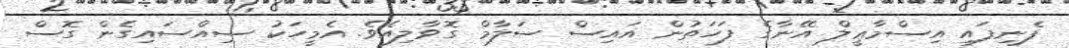
ފެނިފައި އިސްމާޢީލް އޭނާގެ ފަހަތުން އައިސް ސަލާމް ގޮވާލިއެވެ. އެމީހަކު ސިއްސައިގެން ގޮސް